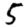
Digit: 5